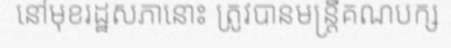
នៅមុខរដ្ឋសភានោះ ត្រូវបានមន្ត្រីគណបក្ស